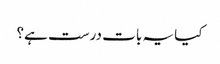
کیا یہ بات درست ہے؟